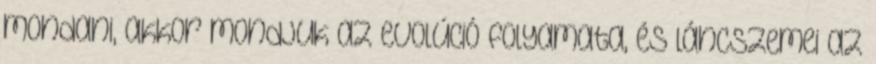
mondani, akkor mondjuk az evolúció folyamata, és láncszemei az